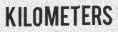
KILOMETERS